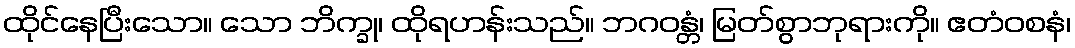
ထိုင်နေပြီးသော။ သော ဘိက္ခု၊ ထိုရဟန်းသည်။ ဘဂဝန္တံ၊ မြတ်စွာဘုရားကို။ ဧတံဝစနံ၊